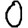
Digit: 0